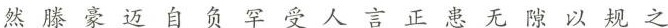
然 滕 豪 迈 自 负 罕 受 人 言 正 患 无 隙 以 规 之